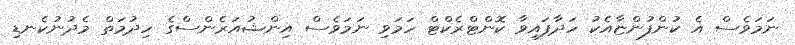
ނަމަވެސް އެ ކުންފުންޏާއެކު ހަދާފައިވާ ކޮންޓްރެކްޓް ހަމަވި ނަމަވެސް އިންޝުއަރެންސްގެ ހިދުމަތް މެދުނުކެނޑި